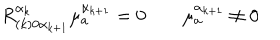
R _ { ( k ) 0 \alpha _ { k + 1 } } ^ { \alpha _ { k } } \mu _ { a } ^ { \alpha _ { k + 1 } } = 0 \qquad \mu _ { a } ^ { \alpha _ { k + 1 } } \neq 0